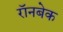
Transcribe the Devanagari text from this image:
रॉनबेक